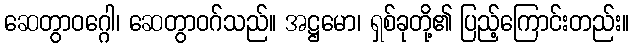
ဆေတွာဝဂ္ဂေါ၊ ဆေတွာဝဂ်သည်။ အဋ္ဌမော၊ ရှစ်ခုတို့၏ ပြည့်ကြောင်းတည်း။